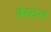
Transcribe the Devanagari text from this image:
पेस्टन